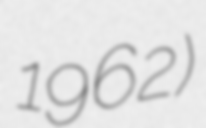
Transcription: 1962)